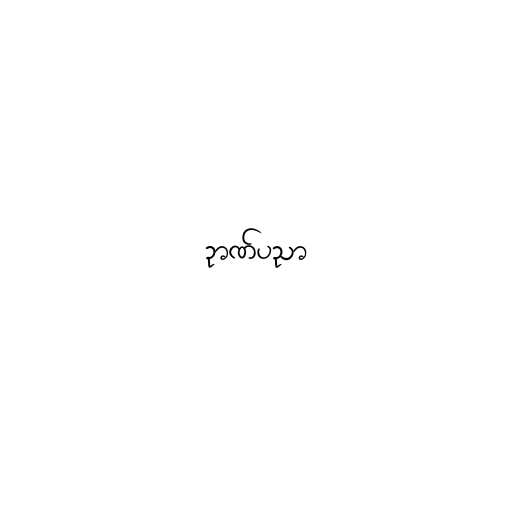
ဉာဏ်ပညာ